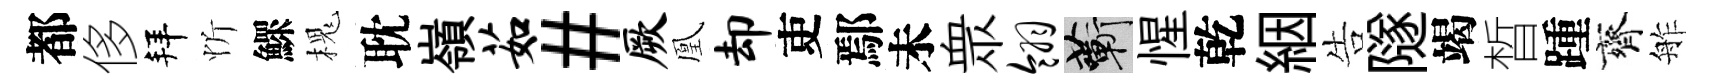
都侈拜忻鰥槐耽嶺茹#厥凰却吏鄢未衆翎蔪惺乾絪告隧竭晳踵齊舴